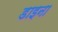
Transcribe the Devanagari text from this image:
डाइना